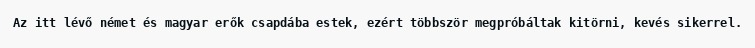
Az itt lévő német és magyar erők csapdába estek, ezért többször megpróbáltak kitörni, kevés sikerrel.